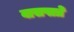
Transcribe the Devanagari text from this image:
वासपात्रे